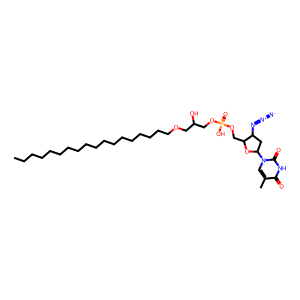
SMILES: CCCCCCCCCCCCCCCCCCOCC(O)COP(=O)(O)OCC1OC(n2cc(C)c(=O)[nH]c2=O)CC1N=[N+]=[N-]
Inhibits HIV replication: No